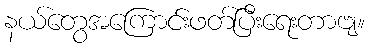
နယ်တွေအကြောင်းဖတ်ပြီးရေးတာဗျ။